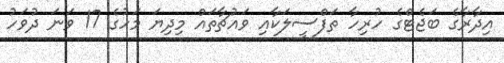
އިދާރާގެ ބަޖެޓްގެ ހުރިހާ ތަފްސީލަކާއި ވައުޗާތައް މިދިޔަ މަހުގެ 17 ވަނަ ދުވަހު